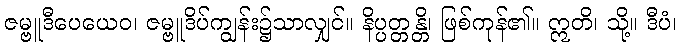
ဇမ္ဗူဒီပေယေဝ၊ ဇမ္ဗူဒိပ်ကျွန်း၌သာလျှင်။ နိပ္ပတ္တန္တိ၊ ဖြစ်ကုန်၏။ ဣတိ၊ သို့။ ဒီပံ၊